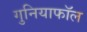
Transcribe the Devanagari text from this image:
गुनियाफॉल